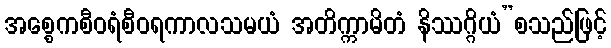
အစ္စေကစီဝရံစီဝရကာလသမယံ အတိက္ကာမိတံ နိဿဂ္ဂိယံ”စသည်ဖြင့်